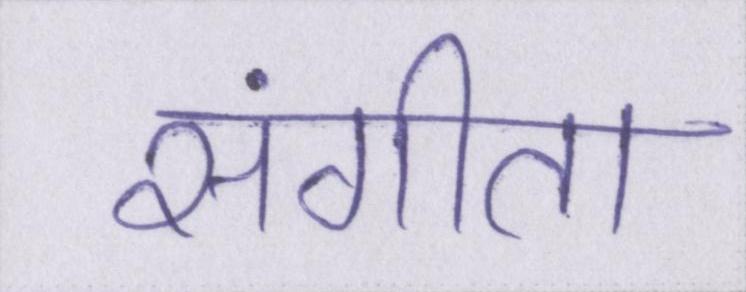
संगीता